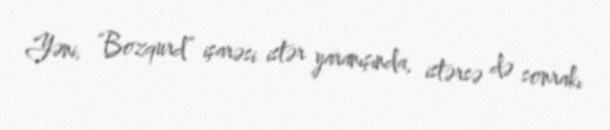
Yəni, “Bozqurd” işarəsi istər yaranışında, istərsə də sonrakı